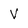
Character: V